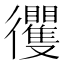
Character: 𢖦